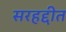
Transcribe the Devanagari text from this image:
सरहद्दीत